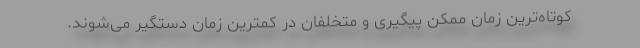
کوتاه‌ترین زمان ممکن پیگیری و متخلفان در کمترین زمان دستگیر می‌شوند.